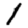
Digit: 1